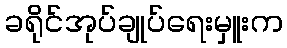
ခရိုင်အုပ်ချုပ်ရေးမှူးက